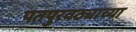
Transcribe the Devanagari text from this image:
पतपुरवठ्याच्या